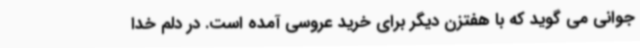
جوانی می گوید که با هفتزن دیگر برای خرید عروسی آمده است. در دلم خدا